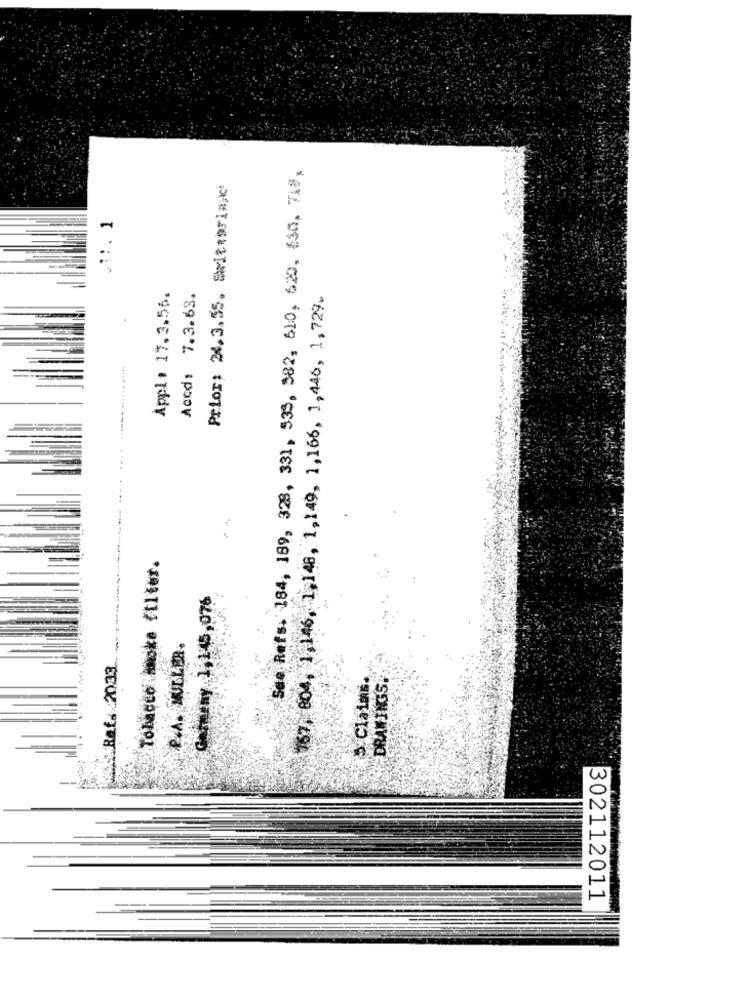
See Refs. 184, 189, 328, 331, 535, 582, 610, 620, 630, 718,
Prior: 24.3.55. Switzerland
.1 :. 1
Appl. 17.3.56.
Accd: 7.3.63.
157. 804, 1,146, 1, 148, 1,149, 1,166, 1, 446, 1, 729.
Tobacco moke Čtlier.
Germany 1,145,076
P.A. MILLER.
Rat. 20.33
5 Claims.
DRAWINGS.
302112011